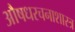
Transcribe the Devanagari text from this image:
औषधरचनाशास्त्र